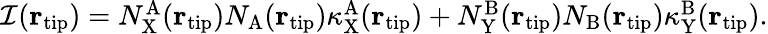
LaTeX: \begin{array}{r}{\mathcal{I}({\mathbf r}_{\mathrm{tip}})=N_{\mathrm{X}}^{\mathrm{A}}({\mathbf r}_{\mathrm{tip}})N_{\mathrm{A}}({\mathbf r}_{\mathrm{tip}})\kappa_{\mathrm{X}}^{\mathrm{A}}({\mathbf r}_{\mathrm{tip}})+N_{\mathrm{Y}}^{\mathrm{B}}({\mathbf r}_{\mathrm{tip}})N_{\mathrm{B}}({\mathbf r}_{\mathrm{tip}})\kappa_{\mathrm{Y}}^{\mathrm{B}}({\mathbf r}_{\mathrm{tip}}).}\end{array}